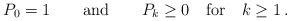
\begin{align*} P_0=1 \qquad {\rm and} \qquad P_k \geq 0 \quad {\rm for} \quad k \geq 1 \,.\end{align*}